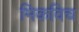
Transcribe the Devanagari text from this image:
मिकविच